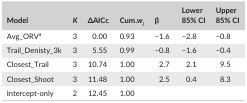
<table><thead><tr><td><b>Model</b></td><td><b><i>K</i></b></td><td><b>ΔAICc</b></td><td><b>Cum.<i>w</i><sub><i>i</i></sub></b></td><td><b>β</b></td><td><b>Lower 85% CI</b></td><td><b>Upper 85% CI</b></td></tr></thead><tbody><tr><td>Avg_ORVa</td><td>3</td><td>0.00</td><td>0.93</td><td>−1.6</td><td>−2.8</td><td>−0.8</td></tr><tr><td>Trail_Denisty_3k</td><td>3</td><td>5.55</td><td>0.99</td><td>−0.8</td><td>−1.6</td><td>−0.4</td></tr><tr><td>Closest_Trail</td><td>3</td><td>10.74</td><td>1.00</td><td>2.7</td><td>2.1</td><td>9.5</td></tr><tr><td>Closest_Shoot</td><td>3</td><td>11.48</td><td>1.00</td><td>2.5</td><td>0.4</td><td>8.3</td></tr><tr><td>Intercept‐only</td><td>2</td><td>12.45</td><td>1.00</td><td></td><td></td><td></td></tr></tbody></table>